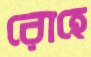
রোহে